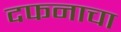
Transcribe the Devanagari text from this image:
दफनाचा